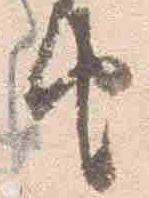
由